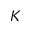
K